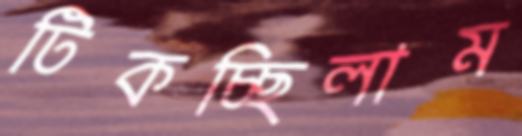
টিকচ্ছিলাম